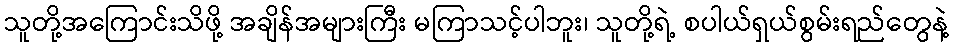
သူတို့အကြောင်းသိဖို့ အချိန်အများကြီး မကြာသင့်ပါဘူး၊ သူတို့ရဲ့ စပါယ်ရှယ်စွမ်းရည်တွေနဲ့